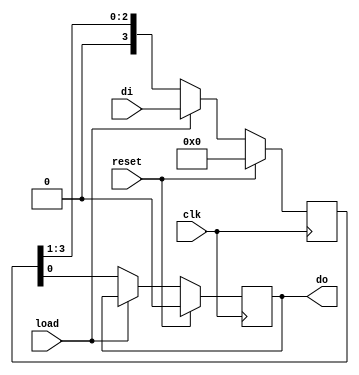
`timescale 1ns / 1ps
//////////////////////////////////////////////////////////////////////////////////

// ID          : N180116
//Branch       : ECE
//Project Name : RTL design using Verilog
//Design  Name : Parallel In Serial Out Shift Register--->Behavioral
//Module  Name : piso
//RGUKT NUZVID 
//////////////////////////////////////////////////////////////////////////////////


module piso(reset,clk,load,di,do);
input clk,reset,load;
input [3:0]di;
output reg do;

reg [3:0]temp ;

always @(posedge clk)
begin
	if(reset)
	begin
		do = 0;
		temp = 0;
	end
	else if (load)
		temp <= di;
	else
	begin
	    do = temp[0];
		temp = {1'b0,temp[3:1]};
		
	end
		
end
endmodule